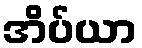
အိပ်ယာ